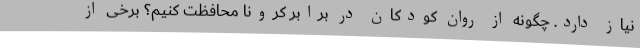
نیاز دارد. چگونه از روان کودکان در برابر کرونا محافظت کنیم؟ برخی از